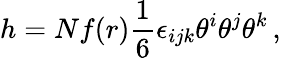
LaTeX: h=Nf(r)\frac{1}{6}\epsilon_{ijk}\theta^{i}\theta^{j}\theta^{k}\, ,